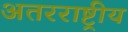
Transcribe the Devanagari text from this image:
अतरराष्ट्रीय